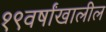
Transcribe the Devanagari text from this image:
१९वर्षांखालील